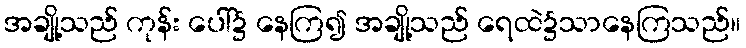
အချို့သည် ကုန်း ပေါ်၌ နေကြ၍ အချို့သည် ရေထဲ၌သာနေကြသည်။